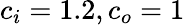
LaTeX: c_{i}=1.2,c_{o}=1